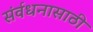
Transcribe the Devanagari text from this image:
संर्वधनासाठी